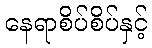
နေရာစိပ်စိပ်နှင့်